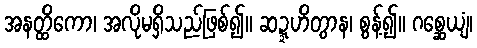
အနတ္ထိကော၊ အလိုမရှိသည်ဖြစ်၍။ ဆဍ္ဍဟိတွာန၊ စွန့်၍။ ဂစ္ဆေယျံ၊